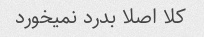
کلا اصلا بدرد نمیخورد